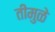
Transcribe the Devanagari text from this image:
तीमुळे